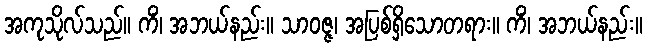
အကုသိုလ်သည်။ ကိံ၊ အဘယ်နည်း။ သာဝဇ္ဇ၊ အပြစ်ရှိသောတရား။ ကိံ၊ အဘယ်နည်း။